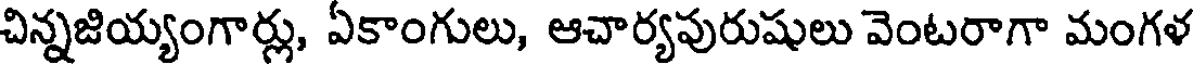
చిన్నజియ్యంగార్లు, ఏకాంగులు, ఆచార్యపురుషులు వెంటరాగా మంగళ